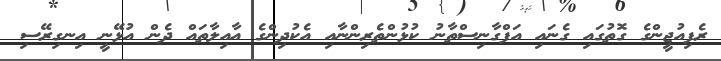
ރެފިއުޖީންގެ ގޮތުގައި ގެނައި އަފްގާނިސްތާނު ކުޅުންތެރިންނާއި އެކުދިންގެ އާއިލާތައް ދެން އުޅޭނީ އިނގިރޭސި